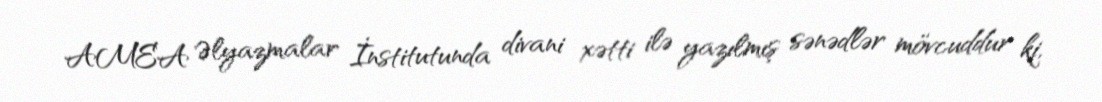
AMEA Əlyazmalar İnstitutunda divani xətti ilə yazılmış sənədlər mövcuddur ki,